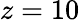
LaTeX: z=10